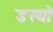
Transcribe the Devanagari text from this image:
डस्यो